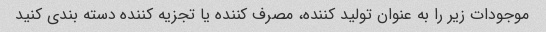
موجودات زیر را به عنوان تولید کننده، مصرف کننده یا تجزیه کننده دسته بندی کنید